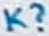
Text: K?